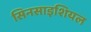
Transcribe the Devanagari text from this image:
सिनसाइशियल